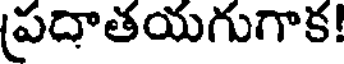
(పదాతయగుగాక!